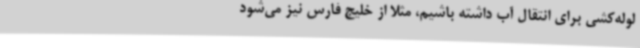
لوله‌کشی برای انتقال آب داشته باشیم، مثلا از خلیج فارس نیز می‌شود